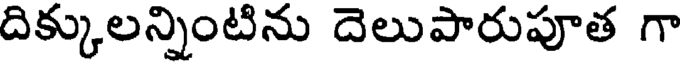
దిక్కులన్నింటిను దెలుపారుపూత గా